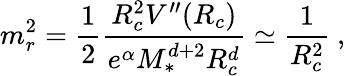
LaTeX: m_{r}^{2}=\frac{1}{2}\frac{R_{c}^{2}V^{\prime\prime}(R_{c})}{e^{\alpha}M_{*}^{d+2}R_{c}^{d}}\simeq\frac{1}{R_{c}^{2}}\ ,